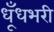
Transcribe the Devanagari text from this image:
धूँधभरी